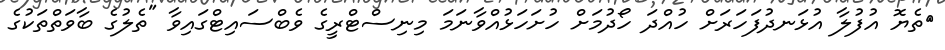
ތެޔޮ އުފުލާ އުޅަނދުފަހަރަށް ހުއްދަ ހޯދުމަށް ހުށަހަޅުއްވާނަމަ މިނިސްޓްރީގެ ވެބްސައިޓްގައިވާ "ތެލުގެ ބާވަތްތަކުގެ